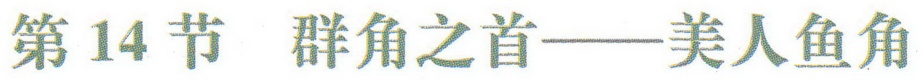
第14节 群角之首——美人鱼角